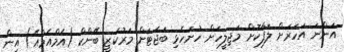
އަންނަ އަހަރަށް ލަފާކޮށް މަޖިލީހަށް ހުށަހެޅި ބަޖެޓަށް މަރުކަޒީ ބޭންކް (އެމްއެމްއޭ) އިން